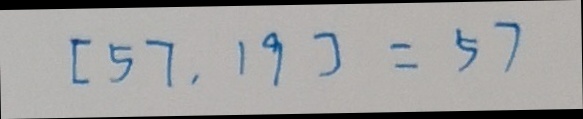
[ 5 7 , 1 9 ] = 5 7